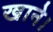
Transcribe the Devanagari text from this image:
खाने।